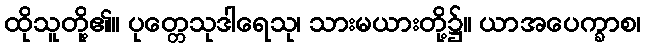
ထိုသူတို့၏။ ပုတ္တေသုဒါရေသု၊ သားမယားတို့၌။ ယာအပေက္ခာစ၊